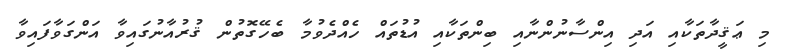
މި ޢަޤީދާތަކާއި އަދި އިންސާނުންނާއި ބިންތަކާއި އުޑުތައް ހެއްދެވުމާ ބެހޭގޮތުން ޤުރުއާނުގައިވާ އަންގަވާފައިވާ